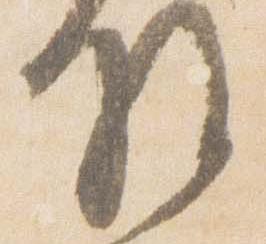
将